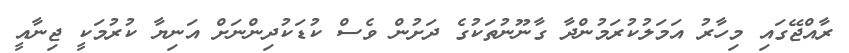
ރާއްޖޭގައި މިހާރު އަމަލުކުރަމުންދާ ގާނޫނުތަކުގެ ދަށުން ވެސް ކުޑަކުދިންނަށް އަނިޔާ ކުރުމަކީ ޖިނާއީ